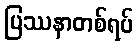
ပြဿနာတစ်ရပ်